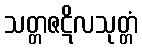
သတ္တဇဋိလသုတ္တံ